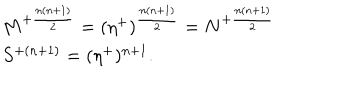
\begin{array} { l c r } { { M ^ { + { \frac { n ( n + 1 ) } { 2 } } } = ( \eta ^ { + } ) ^ { { \frac { n ( n + 1 ) } { 2 } } } = N ^ { + { \frac { n ( n + 1 ) } { 2 } } } } } \\ { { S ^ { + ( n + 1 ) } = ( \eta ^ { + } ) ^ { n + 1 } . } } \\ \end{array}